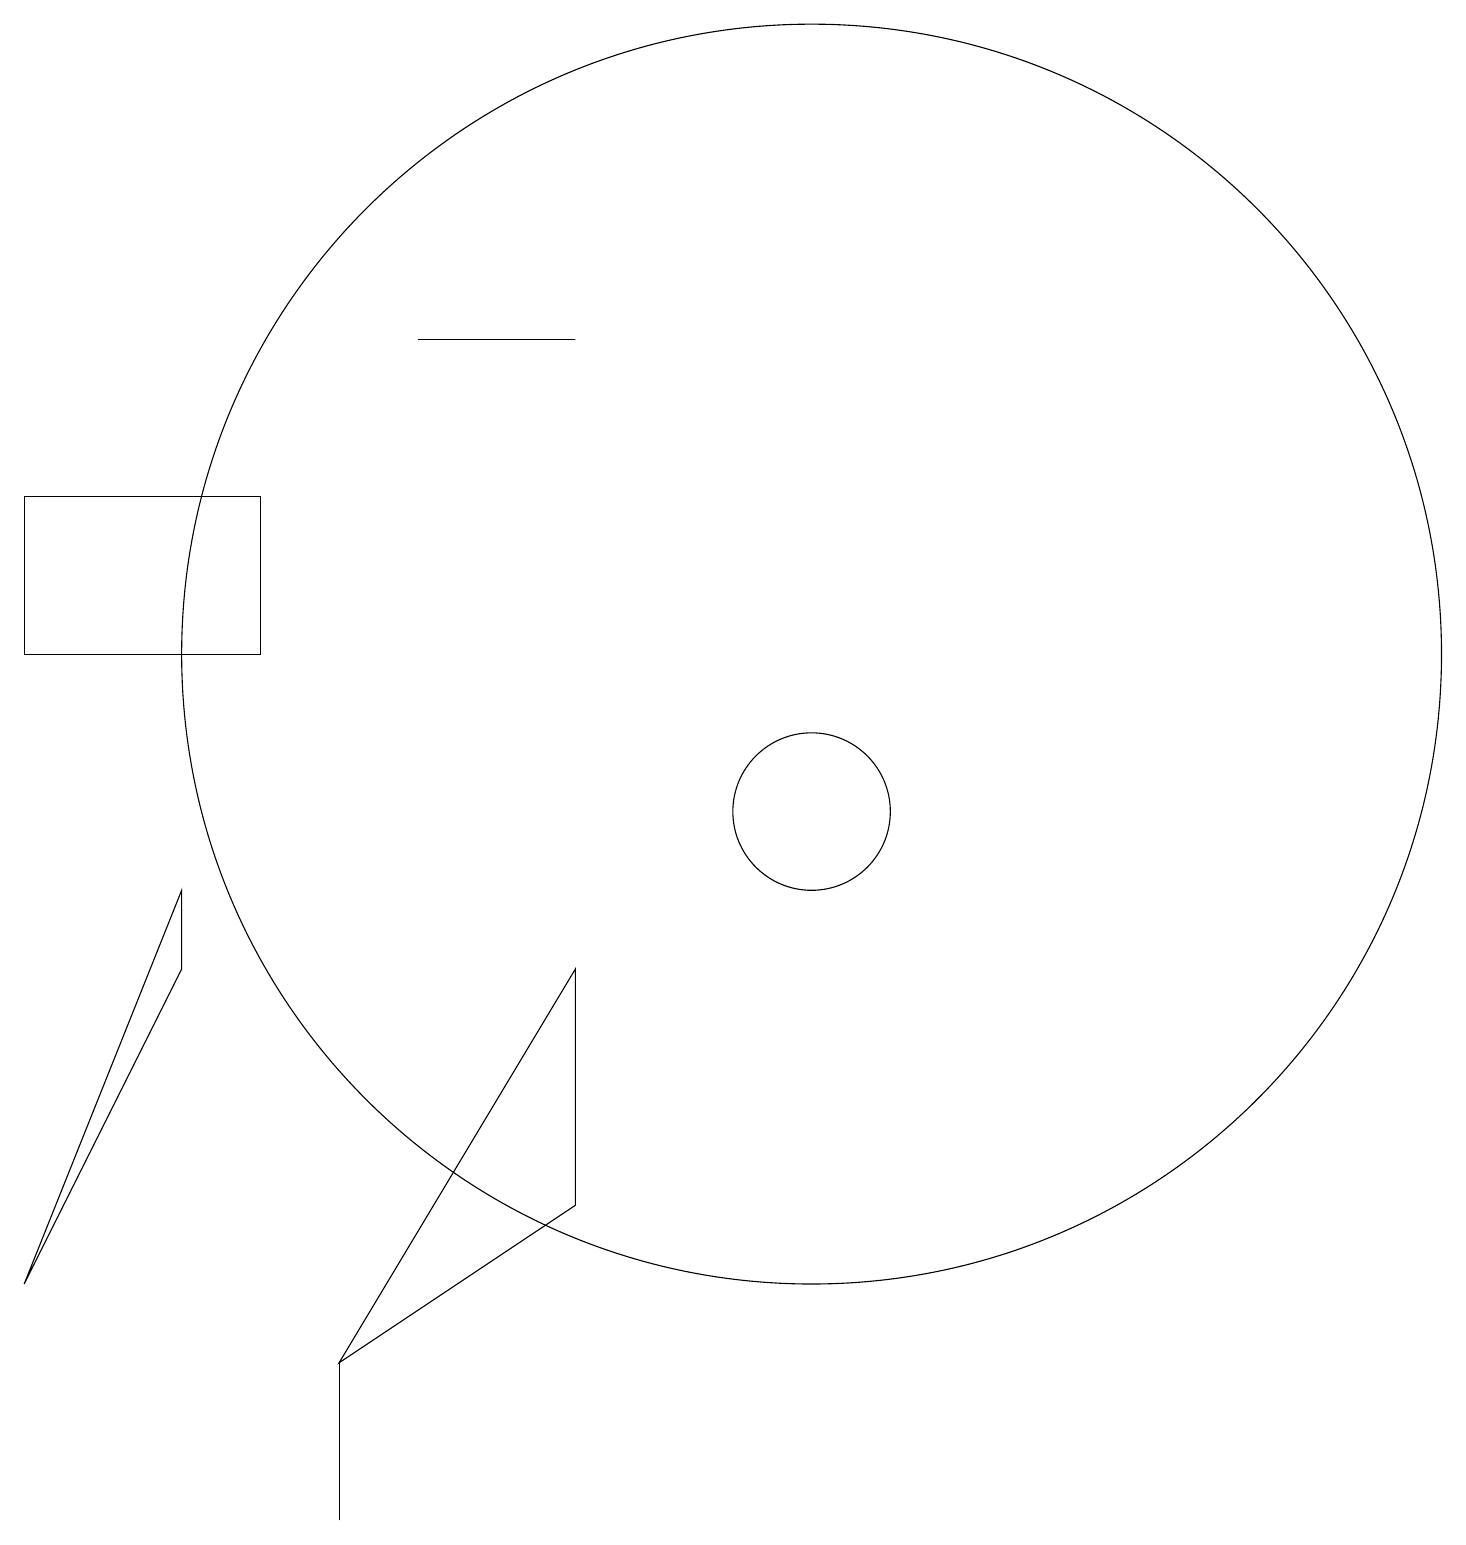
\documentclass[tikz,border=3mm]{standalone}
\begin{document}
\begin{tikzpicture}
\draw (11,12) circle (8);
\draw (5,3) -- (8,5) -- (8,8) -- cycle;
\draw (1,14) rectangle (4,12);
\draw (5,1) -- (5,3) -- (5,3) -- cycle;
\draw (11,10) circle (1);
\draw (8,16) rectangle (6,16);
\draw (3,8) -- (3,9) -- (1,4) -- cycle;
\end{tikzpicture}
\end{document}